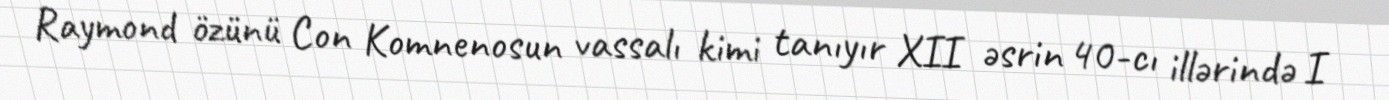
Raymond özünü Con Komnenosun vassalı kimi tanıyır XII əsrin 40-cı illərində I